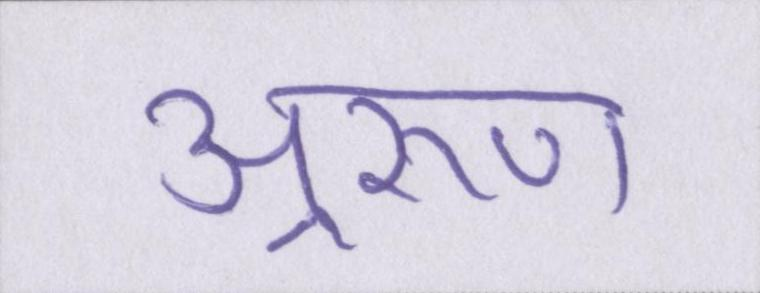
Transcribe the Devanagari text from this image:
अ्ररूण